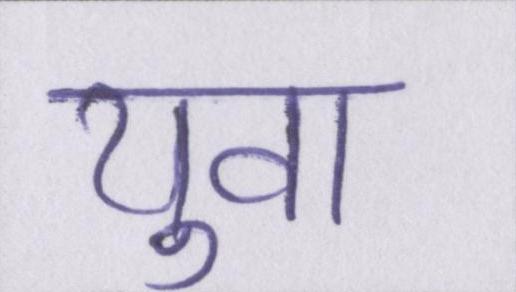
युवा